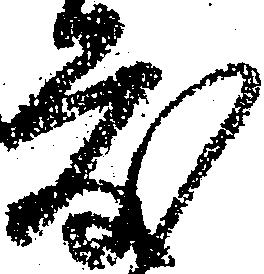
度